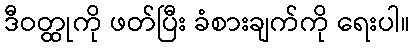
ဒီဝတ္ထုကို ဖတ်ပြီး ခံစားချက်ကို ရေးပါ။